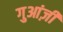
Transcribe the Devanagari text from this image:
गुआंज़ी